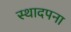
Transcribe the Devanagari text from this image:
स्थादपना